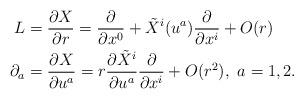
LaTeX: \begin{align*} L&=\frac{\partial X}{\partial r}=\frac{\partial}{\partial x^0}+\tilde{X}^i(u^a) \frac{\partial}{\partial x^i}+O(r)\\ \partial_a&=\frac{\partial X}{\partial u^a}=r\frac{\partial \tilde{X}^i}{\partial u^a}\frac{\partial}{\partial x^i}+O(r^2),\,\, a=1, 2.\end{align*}